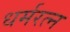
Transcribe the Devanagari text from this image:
धर्मरत्न